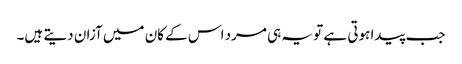
جب پیدا ہوتی ہے تو یہ ہی مرد اس کے کان میں آزان دیتے ہیں۔